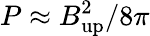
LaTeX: P\approx B_{\mathrm{up}}^{2}/8\pi